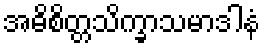
အဓိစိတ္တသိက္ခာသမာဒါနံ